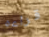
قراءه